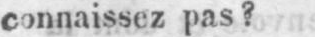
connaissez pas?